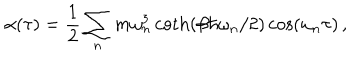
\alpha ( \tau ) = \frac { 1 } { 2 } \sum _ { n } m \omega _ { n } ^ { 3 } \coth ( \beta \hbar \omega _ { n } / 2 ) \cos ( \omega _ { n } \tau ) \, ,